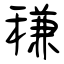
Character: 稴